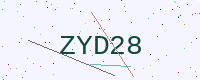
Text: ZYD28